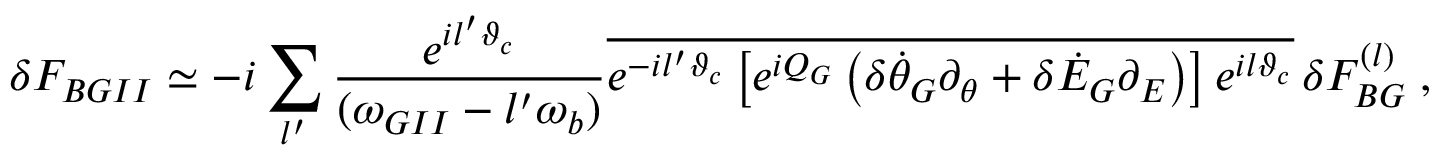
\delta F _ { B G I I } \simeq - i \sum _ { l ^ { \prime } } \frac { e ^ { i l ^ { \prime } \vartheta _ { c } } } { ( \omega _ { G I I } - l ^ { \prime } \omega _ { b } ) } \overline { { e ^ { - i l ^ { \prime } \vartheta _ { c } } \left[ e ^ { i Q _ { G } } \left( \delta \dot { \theta } _ { G } \partial _ { \theta } + \delta \dot { \cal E } _ { G } \partial _ { \cal E } \right) \right] e ^ { i l \vartheta _ { c } } } } \, \delta F _ { B G } ^ { ( l ) } \; ,